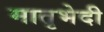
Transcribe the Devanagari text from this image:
मातृभेदी